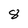
Character: 8